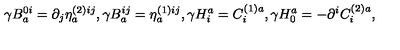
\gamma B _ { a } ^ { 0 i } = \partial _ { j } \eta _ { a } ^ { ( 2 ) i j } , \gamma B _ { a } ^ { i j } = \eta _ { a } ^ { ( 1 ) i j } , \gamma H _ { i } ^ { a } = C _ { i } ^ { ( 1 ) a } , \gamma H _ { 0 } ^ { a } = - \partial ^ { i } C _ { i } ^ { ( 2 ) a } ,